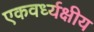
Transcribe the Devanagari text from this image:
एकवर्ध्यक्षीय